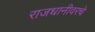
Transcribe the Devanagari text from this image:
राजधानीवरचे